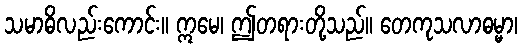
သမာဓိလည်းကောင်း။ ဣမေ၊ ဤတရားတို့သည်။ တေကုသလာဓမ္မာ၊